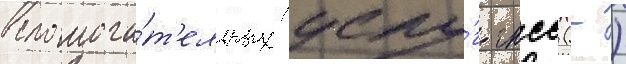
вспомога́т'ельных услу́г гнсс (-)